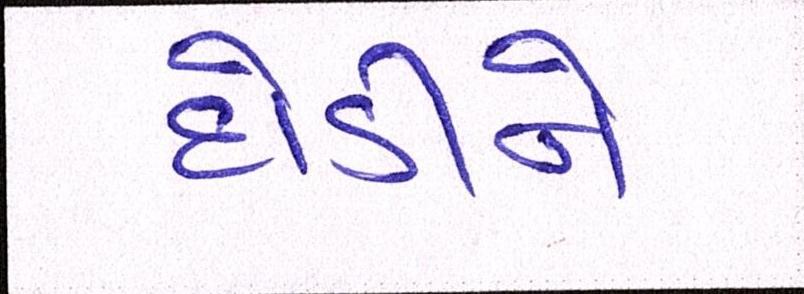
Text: દોડીને